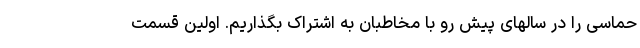
حماسی را در سالهای پیش رو با مخاطبان به اشتراک بگذاریم. اولین قسمت